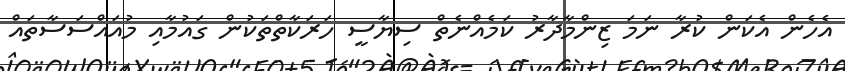
އެހެން އެކަން ކުރާ ނަމަ ޒިންމާދާރު ކަމެއްނެތް ސިޔާސީ ހަރަކާތްތަކުން ގައުމާއި މުއައްސަސާތައް